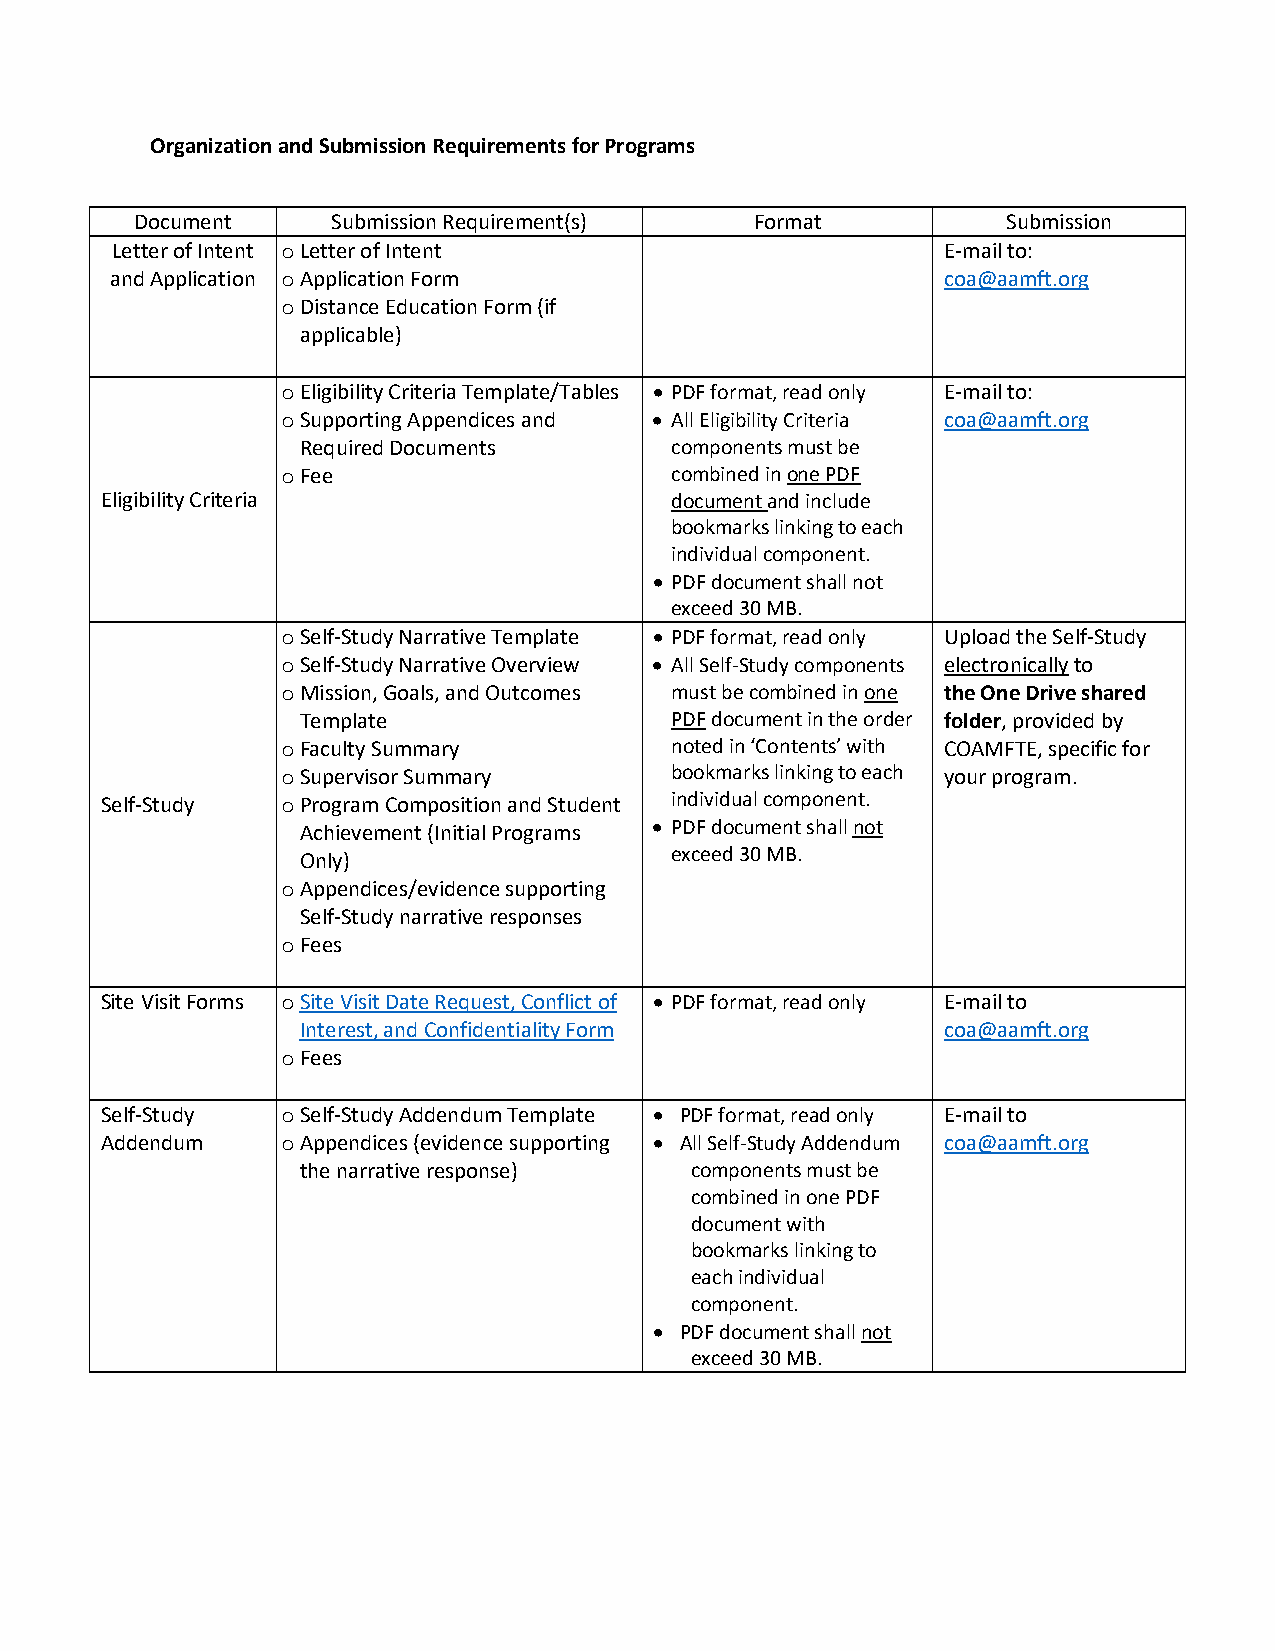
Organization and Submission Requirements for Programs
 Document     Submission Requirement(s)   Format           Submission
 Letter of Intent o Letter of Intent                    E-mail to:
 and Application o Application Form                     coa@aamft.org
 o Distance Education Form (if
 applicable)
 o Eligibility Criteria Template/Tables • PDF format, read only E-mail to:
 o Supporting Appendices and • All Eligibility Criteria coa@aamft.org
 Required Documents      components must be
 o Fee                    combined in one PDF
 Eligibility Criteria                 document and include
 bookmarks linking to each
 individual component.
 • PDF document shall not
 exceed 30 MB.
 o Self-Study Narrative Template • PDF format, read only Upload the Self-Study
 o Self-Study Narrative Overview • All Self-Study components electronically to
 o Mission, Goals, and Outcomes must be combined in one the One Drive shared
 Template                PDF document in the order folder, provided by
 o Faculty Summary        noted in ‘Contents’ with COAMFTE, specific for
 o Supervisor Summary     bookmarks linking to each your program.
 Self-Study  o Program Composition and Student individual component.
 Achievement (Initial Programs • PDF document shall not
 exceed 30 MB.
 Only)
 o Appendices/evidence supporting
 Self-Study narrative responses
 o Fees
 Site Visit Forms o Site Visit Date Request, Conflict of • PDF format, read only E-mail to
 Interest, and Confidentiality Form        coa@aamft.org
 o Fees
 Self-Study  o Self-Study Addendum Template • PDF format, read only E-mail to
 Addendum    o Appendices (evidence supporting • All Self-Study Addendum coa@aamft.org
 the narrative response)   components must be
 combined in one PDF
 document with
 bookmarks linking to
 each individual
 component.
 • PDF document shall not
 exceed 30 MB.